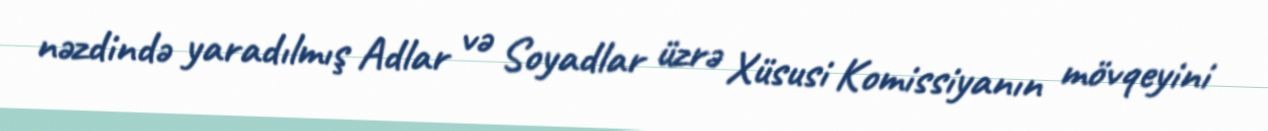
nəzdində yaradılmış Adlar və Soyadlar üzrə Xüsusi Komissiyanın mövqeyini